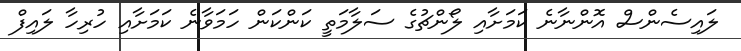
ލައިސެންސް އޮންނާނެ ކަމަށާއި ލޯންޗުގެ ސަލާމަތީ ކަންކަން ހަމަވާނެ ކަމަށާއި ހުރިހާ ލައިފް